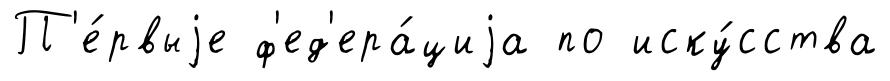
П'е́рвыjе ф'ед'ера́циjа по иску́сства